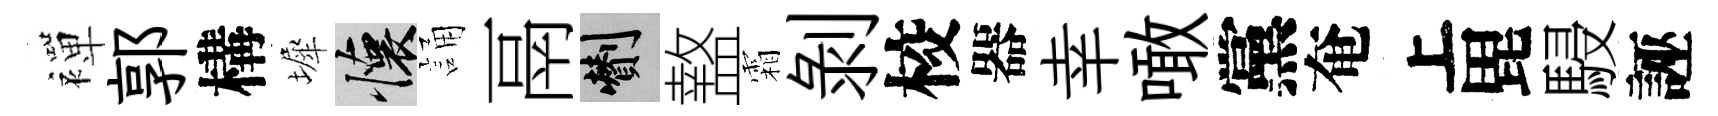
襌郭構墀懷誦鬲剪盩霜剥校器幸噉黨奄上毘駸誣